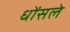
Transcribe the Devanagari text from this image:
धोंसले